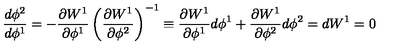
\frac { d \phi ^ { 2 } } { d \phi ^ { 1 } } = - \frac { \partial W ^ { 1 } } { \partial \phi ^ { 1 } } \left( \frac { \partial W ^ { 1 } } { \partial \phi ^ { 2 } } \right) ^ { - 1 } \equiv \frac { \partial W ^ { 1 } } { \partial \phi ^ { 1 } } d \phi ^ { 1 } + \frac { \partial W ^ { 1 } } { \partial \phi ^ { 2 } } d \phi ^ { 2 } = d W ^ { 1 } = 0